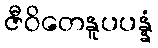
ဇီဝိတေနူပပန္နံ